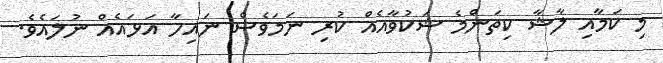
މި ކަމާއި ލާޝާ ކިތަންމެ ޝަކުވާއެއް ކުރި ނަމަވެސް ނައިހާ އަޅައެއް ނުލައެވެ.